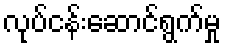
လုပ်ငန်းဆောင်ရွက်မှု